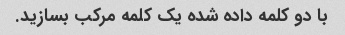
با دو کلمه داده شده یک کلمه مرکب بسازید.